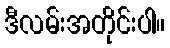
ဒီလမ်းအတိုင်းပါ။